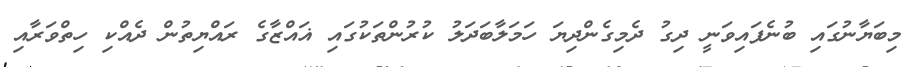
މިބަޔާނުގައި ބުނެފައިވަނީ ދިގު ދެމިގެންދިޔަ ހަމަލާބަދަލު ކުރުންތަކުގައި ޣައްޒާގެ ރައްޔިތުން ދެއްކި ހިތްވަރާއި